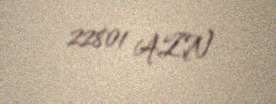
22801 AZN